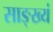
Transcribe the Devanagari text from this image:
साङ्ख्यं